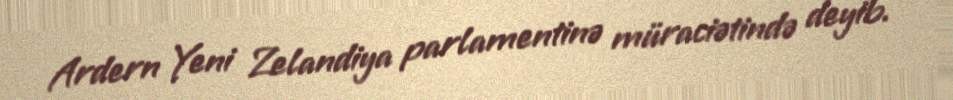
Ardern Yeni Zelandiya parlamentinə müraciətində deyib.